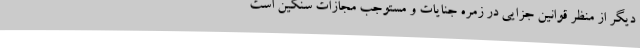
دیگر از منظر قوانین جزایی در زمره جنایات و مستوجب مجازات سنگین است